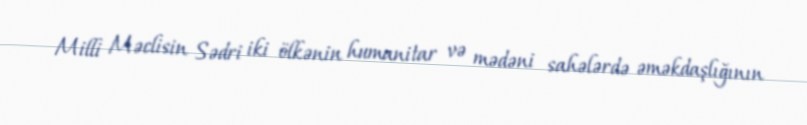
Milli Məclisin Sədri iki ölkənin humanitar və mədəni sahələrdə əməkdaşlığının